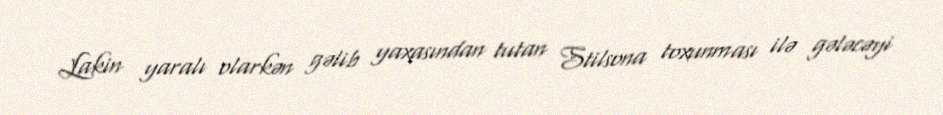
Lakin yaralı olarkən gəlib yaxasından tutan Stilsona toxunması ilə gələcəyi